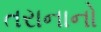
તરાનાનો